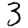
Digit: 3